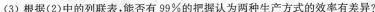
(3)根据(2)中的列联表.能否有99%的把握认为两种生产方式的效率有差异?